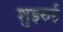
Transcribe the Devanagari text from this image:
शुइरुई